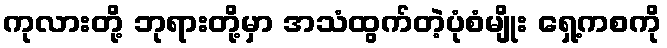
ကုလားတို့ ဘုရားတို့မှာ အသံထွက်တဲ့ပုံစံမျိုး ရှေ့ကစကို